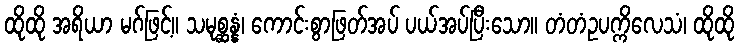
ထိုထို အရိယာ မဂ်ဖြင့်။ သမုစ္ဆန္နံ၊ ကောင်းစွာဖြတ်အပ် ပယ်အပ်ပြီးသော။ တံတံဥပက္ကိလေသံ၊ ထိုထို